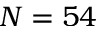
N = 5 4